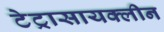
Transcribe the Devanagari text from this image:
टेट्रासायक्लीन